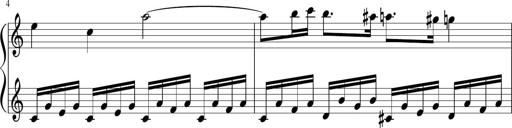
Title: Sonatina di Santa Gemma, JKB 12
Composer: Jason Baruk
Key: F major